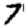
Digit: 7